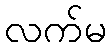
လက်မ